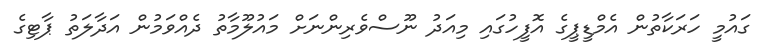
ގައުމީ ހަރަކާތުން އެމްޑީޕީގެ އޮފީހުގައި މިއަދު ނޫސްވެރިންނަށް މައުލޫމާތު ދެއްވަމުން އަދާލަތު ޕާޓިގެ